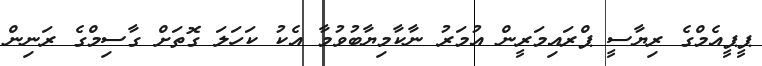
ޕީޕީއެމްގެ ރިޔާސީ ޕްރައިމަރީން އުމަރު ނާކާމިޔާބުވުމާ އެކު ކަހަލަ ގޮތަށް ގާސިމްގެ ރަނިން